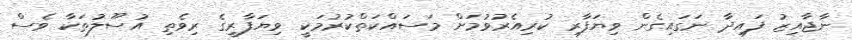
ނާޖާއިޒު ފައިދާ ނަގައިގެން ވިޔަފާރި ކުރިއެރުވުމަށް މަސައްކަތްކުރުމަކީ ވިޔަފާރީގެ ރިވެތި އުސޫލުތަކާ ވެސް